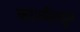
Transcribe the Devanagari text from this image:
काश्मीरहून